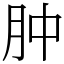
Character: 肿